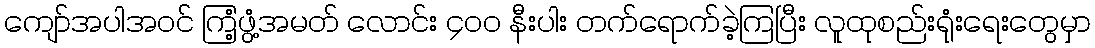
ကျော်အပါအဝင် ကြံ့ဖွံ့အမတ် လောင်း ၄၀၀ နီးပါး တက်ရောက်ခဲ့ကြပြီး လူထုစည်းရုံးရေးတွေမှာ